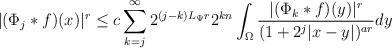
LaTeX: \begin{align*} |(\Phi_j\ast f)(x)|^r\leq c\sum_{k=j}^\infty2^{(j-k)L_\Psi r}2^{kn}\int_\Omega\frac{|(\Phi_k\ast f)(y)|^r}{(1+2^j|x-y|)^{ar}}dy \end{align*}